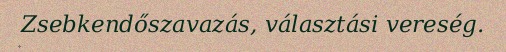
Zsebkendőszavazás, választási vereség.